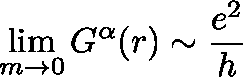
\operatorname * { l i m } _ { m \rightarrow 0 } G ^ { \mathbf { \alpha } } ( r ) \sim \frac { e ^ { 2 } } { h }